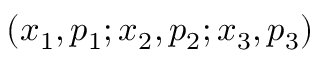
( x _ { 1 } , p _ { 1 } ; x _ { 2 } , p _ { 2 } ; x _ { 3 } , p _ { 3 } )